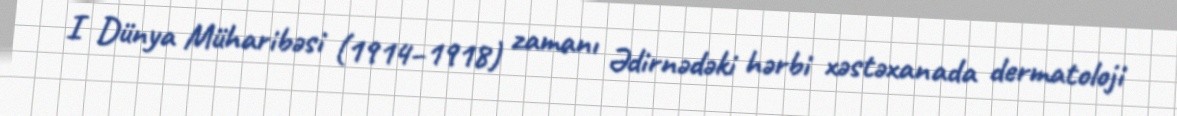
I Dünya Müharibəsi (1914–1918) zamanı Ədirnədəki hərbi xəstəxanada dermatoloji